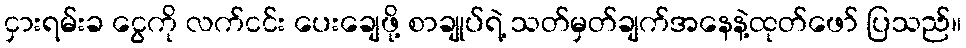
ငှားရမ်းခ ငွေကို လက်ငင်း ပေးချေဖို့ စာချုပ်ရဲ့ သတ်မှတ်ချက်အနေနဲ့ထုတ်ဖော် ပြသည်။